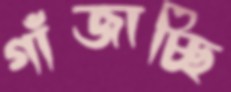
গাঁজাচ্ছি